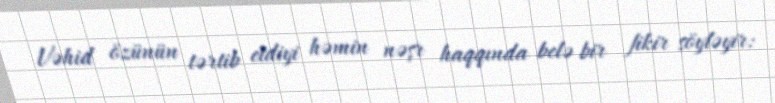
Vəhid özünün tərtib etdiyi həmin nəşr haqqında belə bir fikir söyləyir: